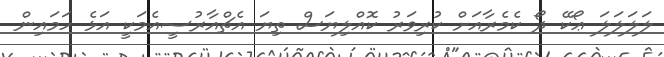
ލަލަލަލަ ޢޯކޭ ދޯ ކެމެރާއަށް ކުރިވަރު ކޮއްލިޔަސް ތިޔަ އެޗްއާރުސީއެމަކީ އަޅެ ހަމައިން